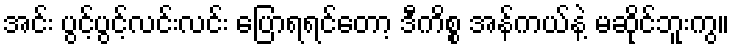
အင်း ပွင့်ပွင့်လင်းလင်း ပြောရရင်တော့ ဒီကိစ္စ အန်ကယ်နဲ့ မဆိုင်ဘူးကွ။